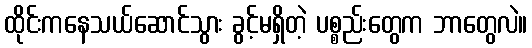
ထိုင်းကနေသယ်ဆောင်သွား ခွင့်မရှိတဲ့ ပစ္စည်းတွေက ဘာတွေလဲ။